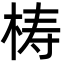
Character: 梼